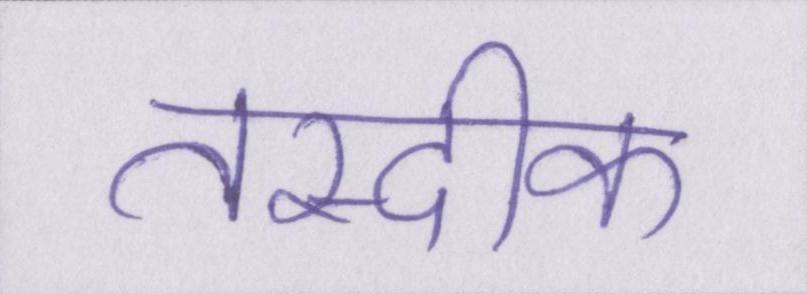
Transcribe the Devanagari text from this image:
तस्दीक